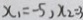
x _ { 1 } = - 5 , x _ { 2 } = 3